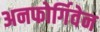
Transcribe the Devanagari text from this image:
अनफोर्गिवेन